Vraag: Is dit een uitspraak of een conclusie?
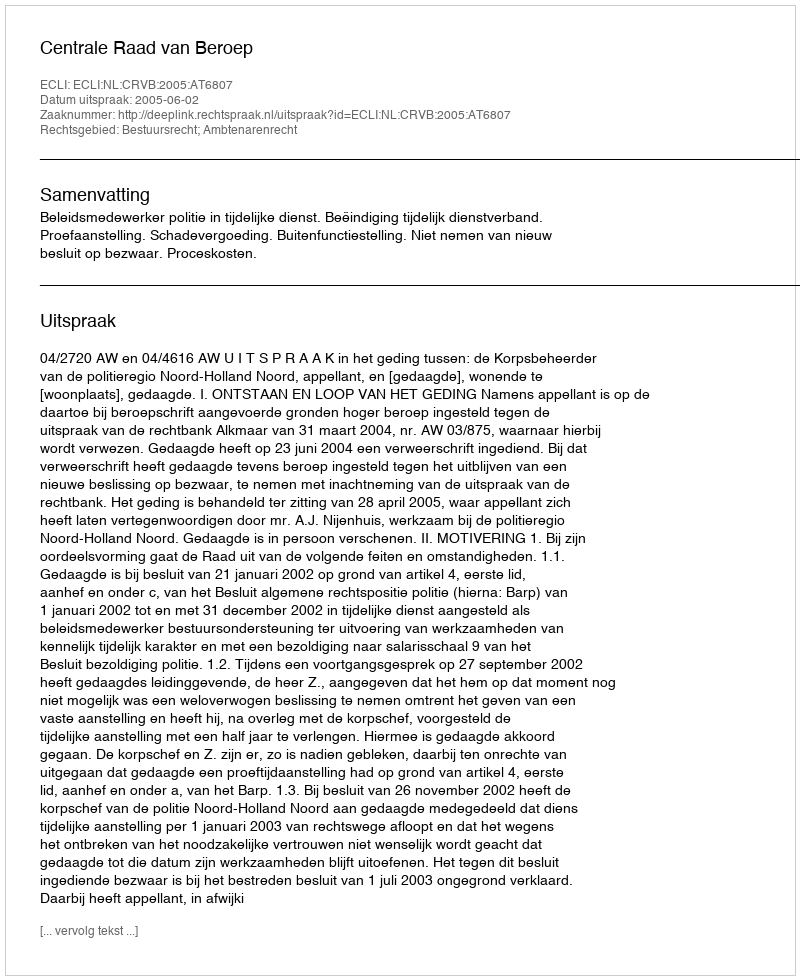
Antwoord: Uitspraak